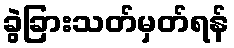
ခွဲခြားသတ်မှတ်ရန်